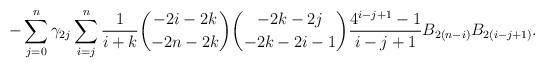
LaTeX: \begin{align*} - \sum\limits_{j=0}^n \gamma_{2j} \sum\limits_{i=j}^n \frac{1}{i+k} {-2i-2k \choose -2n-2k} {-2k-2j\choose -2k-2i-1} \frac{4^{i-j+1}-1}{i-j+1} B_{2(n-i)} B_{2(i-j+1)}.\end{align*}